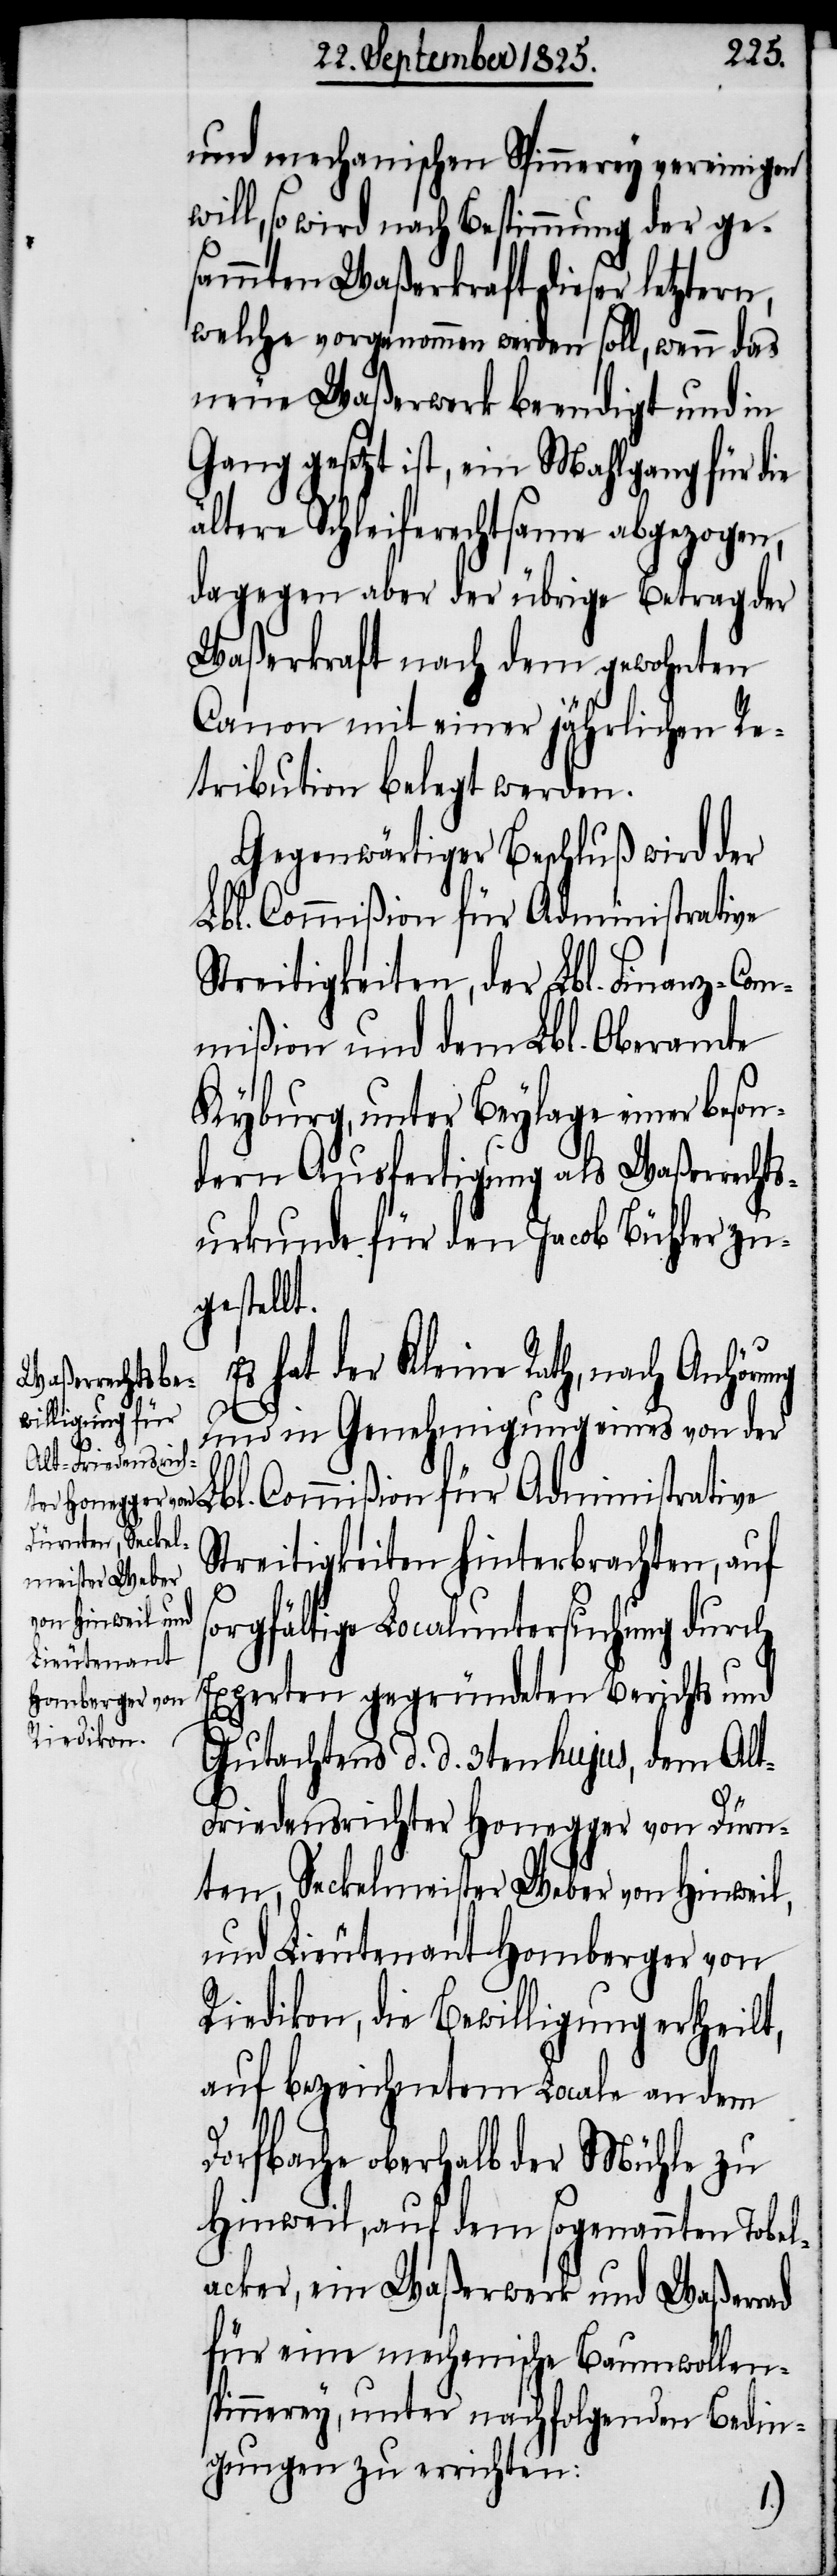
und mechanischen Spinnerey vereinigen
will, so wird nach Bestimmung der ge¬
sammten Waßerkraft dieser letztern,
welche vorgenommen werden soll, wenn das
neue Waßerwerk beendigt und in
Gang gesetzt ist, ein Wahlgang für die
ältere Schleiferechtsame abgezogen,
dagegen aber der übrige Betrag der
Waßerkraft nach dem gewohnten
Canon mit einer jährlichen Re¬
tribution belegt werden.
Gegenwärtiger Beschluß wird der
Lbl. Commißion für Administrative
Streitigkeiten, der Lbl. Finanz-Com¬
mißion und dem Lbl. Oberamte
Kyburg, unter Beylage einer beson¬
dern Ausfertigung als Waßerrechts¬
urkunde für den Jacob Bühler zu¬
gestellt.
hat der Kleine Rath, nach Anhör¬
und in Genehmigung eines von der
Streitigkeiten hinterbrachten, auf
sorgfältige Localuntersuchung durch
Experten gegründeten Berichts und
Gutachtens d. d. 3ten hujus, dem Al¬
t-Friedensrichter Honegger von Dürn¬
ten, Seckelmeister Weber von Hinweil,
und Lieutenant Homberger von
Riedikon, die Bewilligung ertheilt,
auf bezeichnetem Locale an dem
Dorfbache oberhalb der Mühle zu
Hinweil, auf dem sogenannten Tobel¬
acker, ein Waßerwerk und Waßerrad
für eine mechanische Baumwollen¬
spinnerey, unter nachfolgenden Bedin¬
gungen zu errichten:
ung